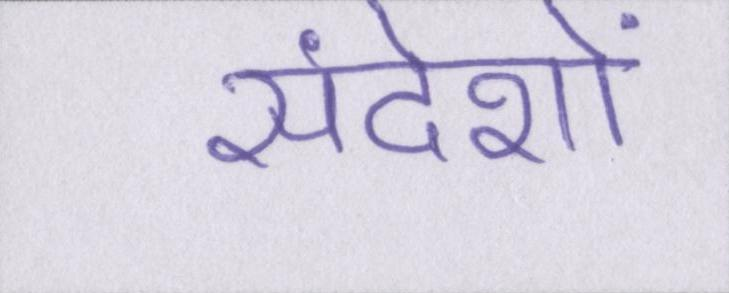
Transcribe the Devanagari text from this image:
संदेशों